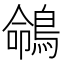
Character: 𪂤